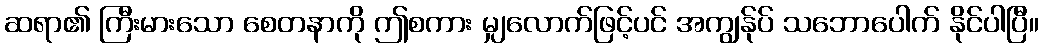
ဆရာ၏ ကြီးမားသော စေတနာကို ဤစကား မျှလောက်ဖြင့်ပင် အကျွန်ုပ် သဘောပေါက် နိုင်ပါပြီ။